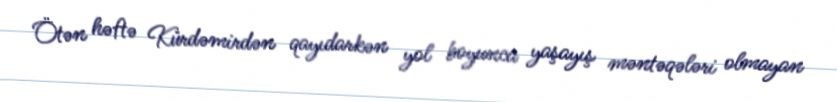
Ötən həftə Kürdəmirdən qayıdarkən yol boyunca yaşayış məntəqələri olmayan